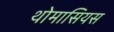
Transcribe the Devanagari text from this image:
थोमासियस